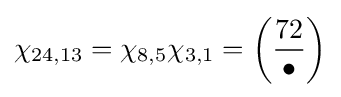
\chi _{24,13}=\chi _{8,5}\chi _{3,1}=\left({\frac {72}{\bullet }}\right)